Regulations for the medical services of the Army of India
Year: 1930
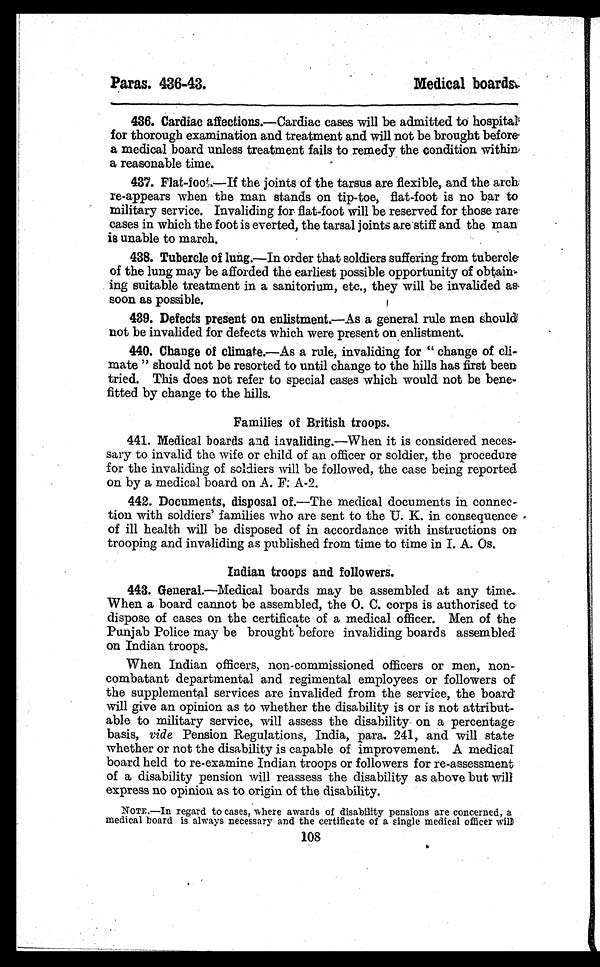
Paras. 436-43.
Medical boards.
436. Cardiac affections.—Cardiac cases will be admitted to hospital
for thorough examination and treatment and will not be brought before
a medical board unless treatment fails to remedy the condition within
a reasonable time.
437. Flat-foot.—If the joints of the tarsus are flexible, and the arch
re-appears when the man stands on tip-toe, flat-foot is no bar to
military service. Invaliding for flat-foot will be reserved for those rare
cases in which the foot is everted, the tarsal joints are stiff and the man
is unable to march.
438. Tubercle of lung.—In order that soldiers suffering from tubercle
of the lung may be afforded the earliest possible opportunity of obtain
ing suitable treatment in a sanitorium, etc., they will be invalided as
soon as possible.
439. Defects present on enlistment.—As a general rule men should
not be invalided for defects which were present on enlistment.
440. Change of climate.—As a rule, invaliding for " change of cli-
mate " should not be resorted to until change to the hills has first been
tried. This does not refer to special cases which would not be bene-
fitted by change to the hills.
Families of British troops.
441. Medical boards and invaliding.—When it is considered neces-
sary to invalid the wife or child of an officer or soldier, the procedure
for the invaliding of soldiers will be followed, the case being reported
on by a medical board on A. F. A-2.
442. Documents, disposal of.—The medical documents in connec-
tion with soldiers' families who are sent to the U. K. in consequence
of ill health will be disposed of in accordance with instructions on
trooping and invaliding as published from time to time in I. A. Os.
Indian troops and followers.
443. General.—Medical boards may be assembled at any time.
When a board cannot be assembled, the O. C. corps is authorised to
dispose of cases on the certificate of a medical officer. Men of the
Punjab Police may be brought before invaliding boards assembled
on Indian troops.
When Indian officers, non-commissioned officers or men, non-
combatant departmental and regimental employees or followers of
the supplemental services are invalided from the service, the board
will give an opinion as to whether the disability is or is not attribut-
able to military service, will assess the disability on a percentage
basis, vide Pension Regulations, India, para. 241, and will state
whether or not the disability is capable of improvement. A medical
board held to re-examine Indian troops or followers for re-assessment
of a disability pension will reassess the disability as above but will
express no opinion as to origin of the disability.
NOTE.—In regard to cases, where awards of disability pensions are concerned, a
medical board is always necessary and the certificate of a single medical officer will
108